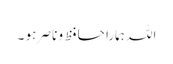
اللہ ہمارا حافظ و ناصر ہو ۔